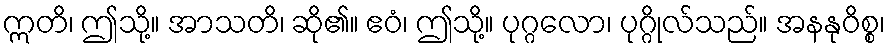
ဣတိ၊ ဤသို့။ အာသတိ၊ ဆို၏။ ဧဝံ၊ ဤသို့။ ပုဂ္ဂလော၊ ပုဂ္ဂိုလ်သည်။ အနနုဝိစ္စ၊